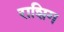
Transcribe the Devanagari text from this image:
राशिग